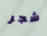
شجر